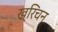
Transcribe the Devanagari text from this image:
ख्रिचन